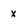
Character: x